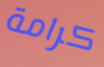
كرامة